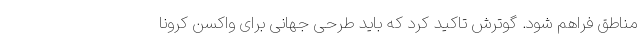
مناطق فراهم شود. گوترش تاکید کرد که باید طرحی جهانی برای واکسن کرونا